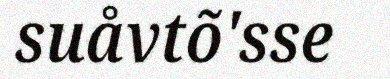
suåvtõ'sse